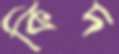
কিদ